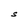
Character: S